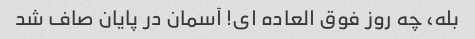
بله، چه روز فوق العاده ای! آسمان در پایان صاف شد